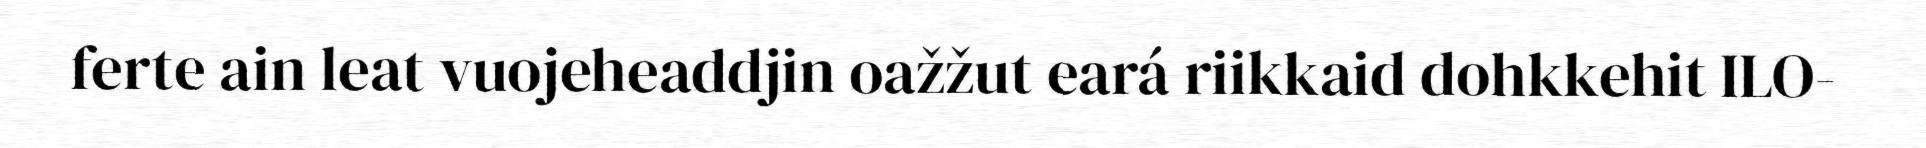
ferte ain leat vuojeheaddjin oažžut eará riikkaid dohkkehit ILO-